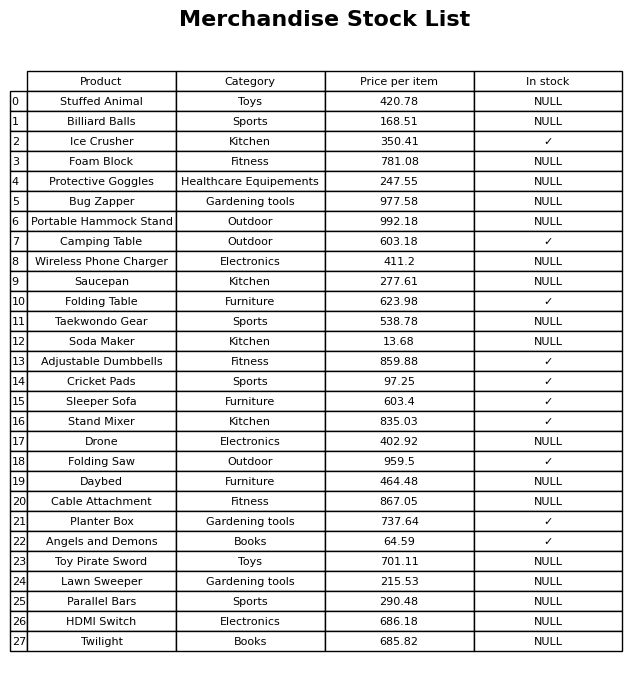
question: What is the price for Wireless Phone Charger?
answer: The price of Wireless Phone Charger is 411.2.